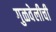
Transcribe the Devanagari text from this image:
गुळवेलीची